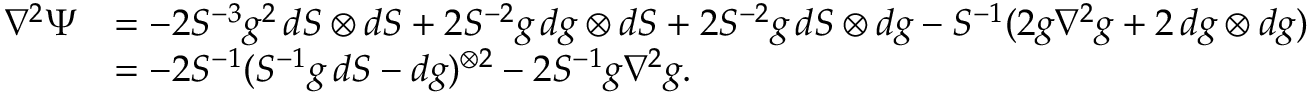
\begin{array} { r l } { \nabla ^ { 2 } \Psi } & { = - 2 S ^ { - 3 } g ^ { 2 } \, d S \otimes d S + 2 S ^ { - 2 } g \, d g \otimes d S + 2 S ^ { - 2 } g \, d S \otimes d g - S ^ { - 1 } ( 2 g \nabla ^ { 2 } g + 2 \, d g \otimes d g ) } \\ & { = - 2 S ^ { - 1 } ( S ^ { - 1 } g \, d S - d g ) ^ { \otimes 2 } - 2 S ^ { - 1 } g \nabla ^ { 2 } g . } \end{array}